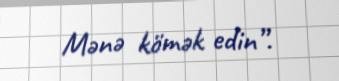
Mənə kömək edin”.